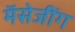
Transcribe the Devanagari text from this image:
मॅसेजींग